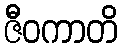
ဇီဝကာတိ